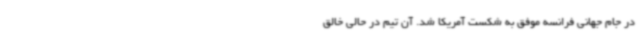
در جام‌ جهانی فرانسه موفق به شکست آمریکا شد. آن تیم در حالی خالق